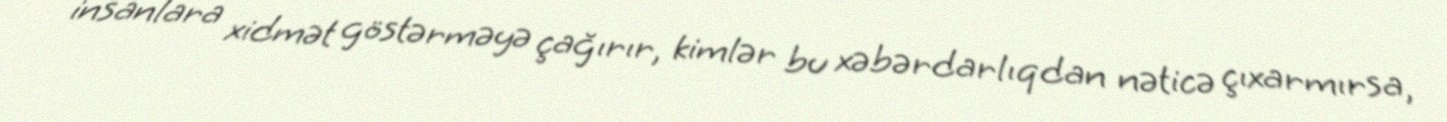
insanlara xidmət göstərməyə çağırır, kimlər bu xəbərdarlıqdan nəticə çıxarmırsa,